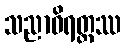
သညာဝိရတ္တဿ